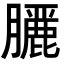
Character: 𮍇